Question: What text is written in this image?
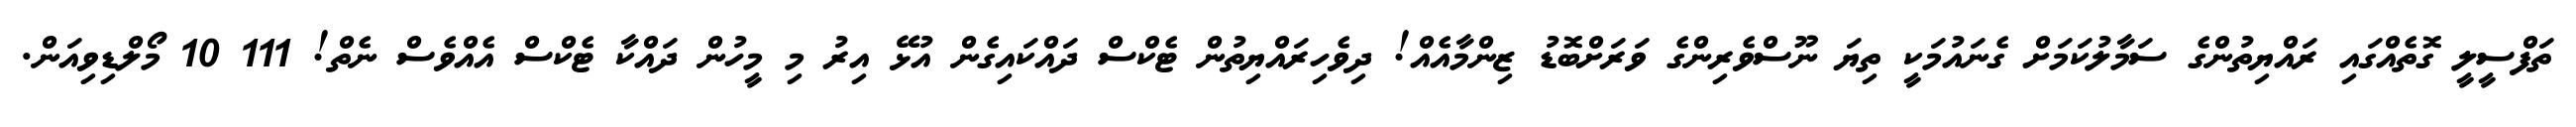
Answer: ތަފްސީލީ ގޮތެއްގައި ރައްޔިތުންގެ ސަމާލުކަމަށް ގެނައުމަކީ ތިޔަ ނޫސްވެރިންގެ ވަރަށްބޮޑު ޒިންމާއެއް! ދިވެހިރައްޔިތުން ޓެކްސް ދައްކައިގެން އުޅޭ އިރު މި މީހުން ދައްކާ ޓެކްސް އެއްވެސް ނެތް! 111 10 މޯލްޑިވިއަން.